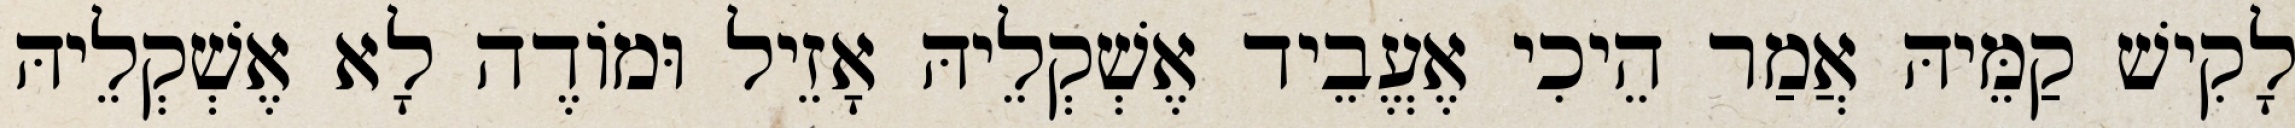
לָקִישׁ קַמֵּיהּ אֲמַר הֵיכִי אֶעֱבֵיד אֶשְׁקְלֵיהּ אָזֵיל וּמוֹדֶה לָא אֶשְׁקְלֵיהּ